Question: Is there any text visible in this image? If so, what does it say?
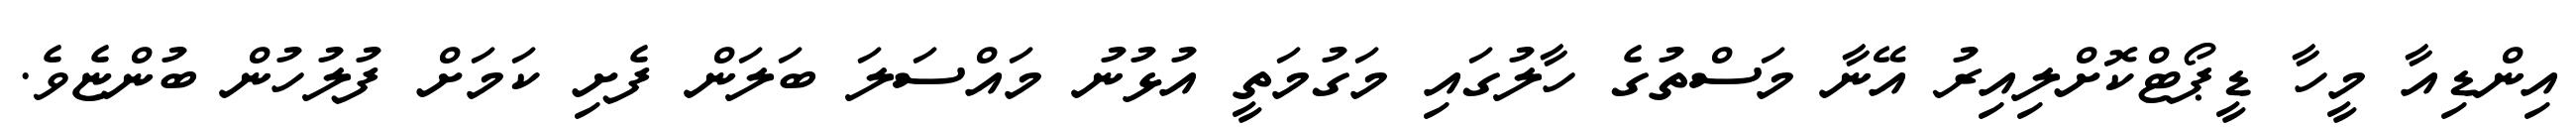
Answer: އިންޑިއާ މީހާ ޑީޕޯޓްކޮށްލިއިރު އޭނާ މަސްތުގެ ހާލުގައި މަގުމަތީ އުޅުނު މައްސަލަ ބަލަން ފެށި ކަމަށް ފުލުހުން ބުންޏެވެ.